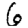
Digit: 6